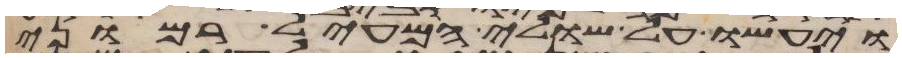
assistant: ויעשו על שולי המעיל רמוני